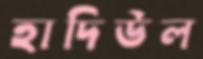
হাদিউল